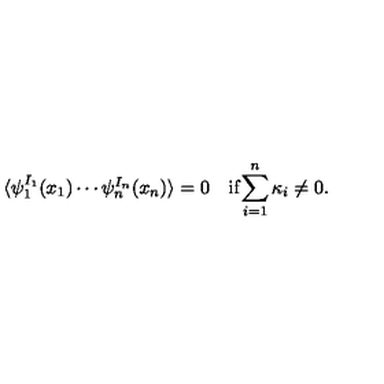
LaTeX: \begin{array} { c c } { \langle \psi _ { 1 } ^ { I _ { 1 } } ( x _ { 1 } ) \cdots \psi _ { n } ^ { I _ { n } } ( x _ { n } ) \rangle = 0 } & { \mathrm { i f } \displaystyle { \sum _ { i = 1 } ^ { n } \kappa _ { i } \neq 0 } . } \\ \end{array}